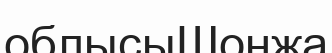
облысыШонжа